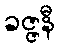
ခဇ္ဇနီ